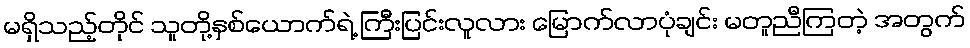
မရှိသည့်တိုင် သူတို့နှစ်ယောက်ရဲ့ ကြီးပြင်းလူလား မြောက်လာပုံချင်း မတူညီကြတဲ့ အတွက်